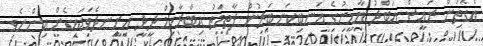
އެގޮތުން ރައީސް އަބްދު ޔާމީނުގެ އަނބިކަނބަލުން ފާތިމަތު އިބްރާހިމް ދީދީ އިށީނދެވަޑައިގެން އިންނެވި